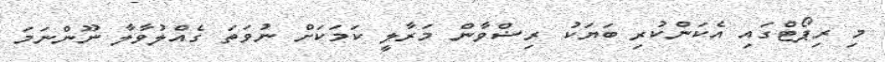
މި ރިޕޯޓްގައި އެކަންކުރި ބަޔަކު ރިޟްވާން މަރާލީ ކަމަކަށް ނުވަތަ ގެއްލުވާލާ ނޫންނަމަ